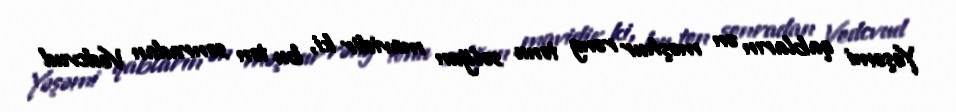
Yəşəmi qabların ən məşhur rəng tonu solğun mavidir ki, bu ton sonradan Vedcvud